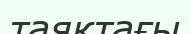
таяқтағы